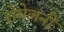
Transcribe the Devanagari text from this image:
रोमेलनी